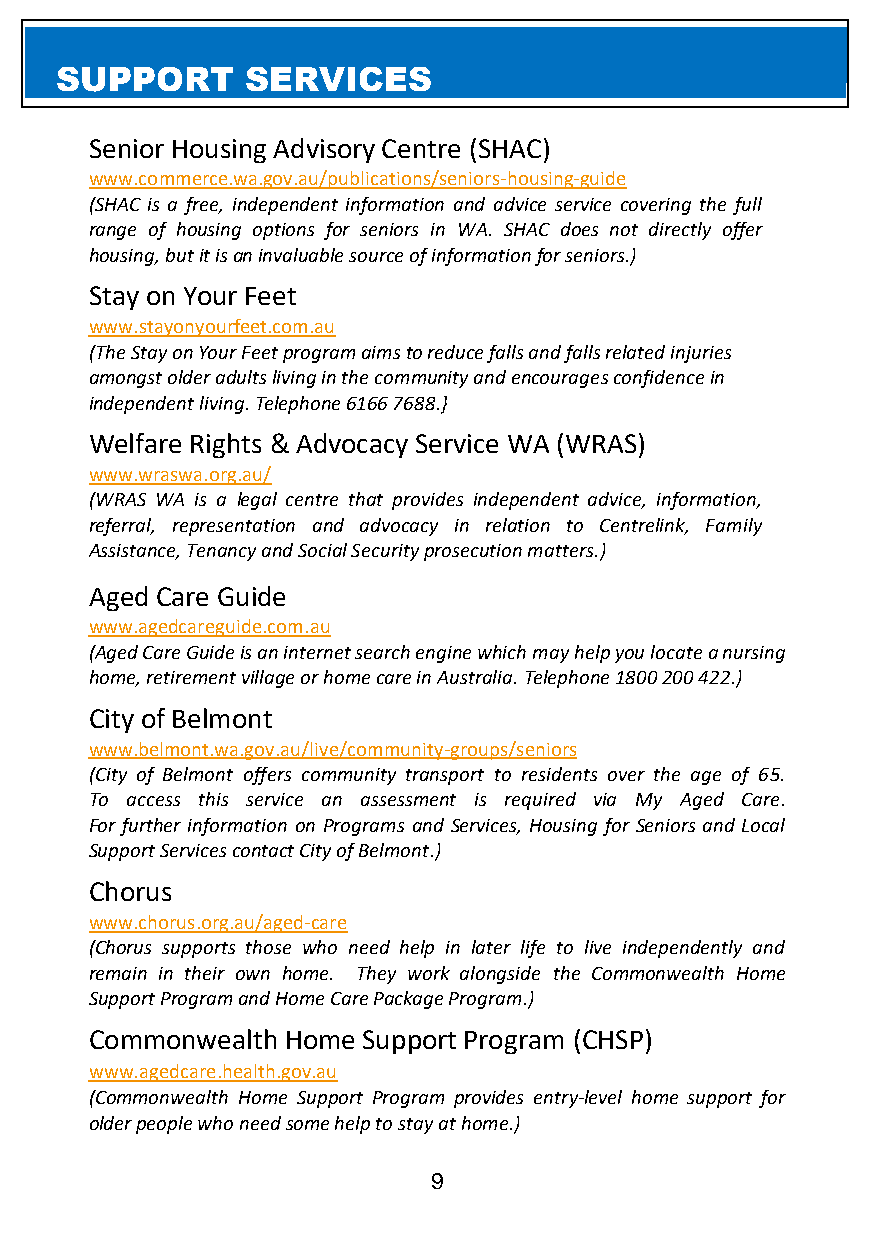
SUPPORT     SERVICES
 Senior Housing Advisory Centre (SHAC)
 www.commerce.wa.gov.au/publications/seniors-housing-guide
 (SHAC is a free, independent information and advice service covering the full
 range of housing options for seniors in WA. SHAC does not directly offer
 housing, but it is an invaluable source of information for seniors.)
 Stay on Your Feet
 www.stayonyourfeet.com.au
 (The Stay on Your Feet program aims to reduce falls and falls related injuries
 amongst older adults living in the community and encourages confidence in
 independent living. Telephone 6166 7688.}
 Welfare Rights & Advocacy Service WA (WRAS)
 www.wraswa.org.au/
 (WRAS WA is a legal centre that provides independent advice, information,
 referral, representation and advocacy in relation to Centrelink, Family
 Assistance, Tenancy and Social Security prosecution matters.)
 Aged Care Guide
 www.agedcareguide.com.au
 (Aged Care Guide is an internet search engine which may help you locate a nursing
 home, retirement village or home care in Australia. Telephone 1800 200 422.)
 City of Belmont
 www.belmont.wa.gov.au/live/community-groups/seniors
 (City of Belmont offers community transport to residents over the age of 65.
 To access this service an assessment is required via My Aged Care.
 For further information on Programs and Services, Housing for Seniors and Local
 Support Services contact City of Belmont.)
 Chorus
 www.chorus.org.au/aged-care
 (Chorus supports those who need help in later life to live independently and
 remain in their own home. They work alongside the Commonwealth Home
 Support Program and Home Care Package Program.)
 Commonwealth Home Support Program (CHSP)
 www.agedcare.health.gov.au
 (Commonwealth Home Support Program provides entry-level home support for
 older people who need some help to stay at home.)
 9